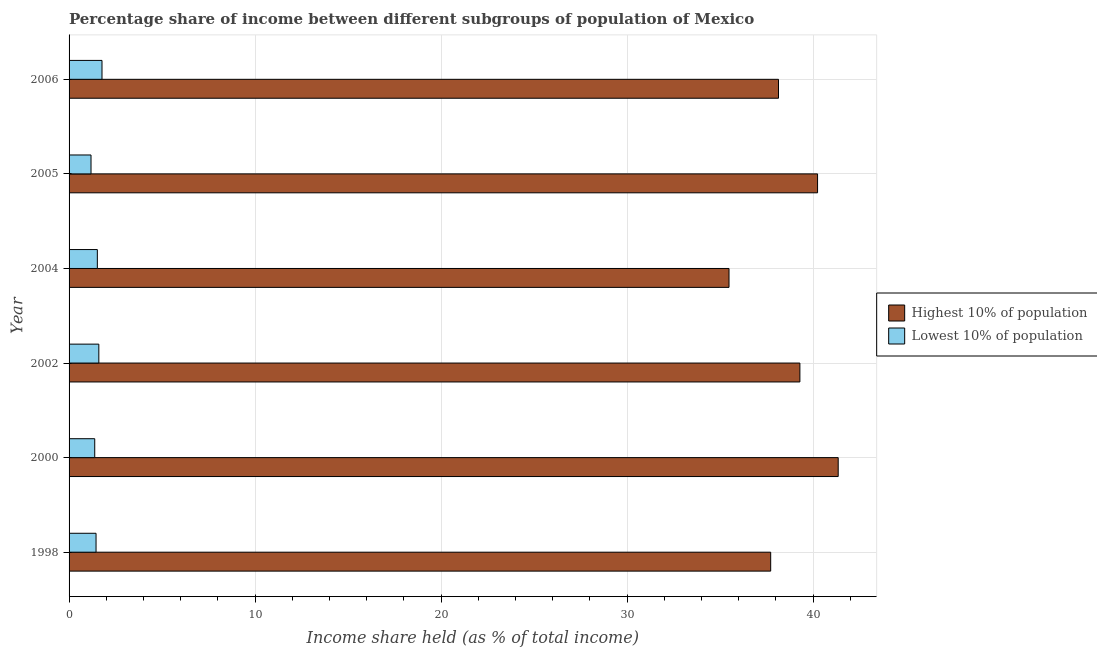
| Year | Highest 10% of population | Lowest 10% of population |
 | --- | --- | --- |
 | 1998 | 37.7 | 1.45 |
 | 2000 | 41.4 | 1.38 |
 | 2002 | 39.3 | 1.6 |
 | 2004 | 35.5 | 1.52 |
 | 2005 | 40.2 | 1.18 |
 | 2006 | 38.1 | 1.77 |